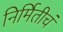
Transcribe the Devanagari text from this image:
निर्मितीचं